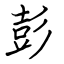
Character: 彭